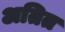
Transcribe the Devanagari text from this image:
अतित